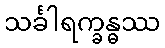
သင်္ခါရက္ခန္ဓဿ